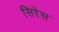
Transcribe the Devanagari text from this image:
सिरेस